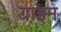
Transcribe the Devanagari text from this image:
ग्राइम